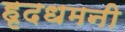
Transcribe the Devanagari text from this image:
हृदधमनी